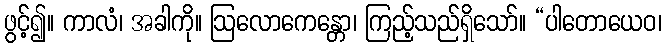
ဖွင့်၍။ ကာလံ၊ အခါကို။ ဩလောကေန္တော၊ ကြည့်သည်ရှိသော်။ “ပါတောယေဝ၊